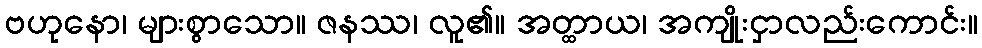
ဗဟုနော၊ များစွာသော။ ဇနဿ၊ လူ၏။ အတ္ထာယ၊ အကျိုးငှာလည်းကောင်း။